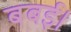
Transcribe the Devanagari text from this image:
बबई।